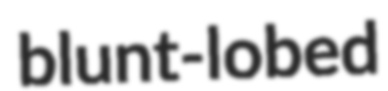
blunt-lobed